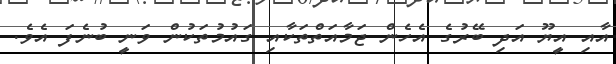
އާއި އީޔޫ އަދި ބޭރުގެ އެހެން ޖަމާއަތްތަކާއި ގައުމުތަކުން ވަނީ ބުނެފަ އެވެ.